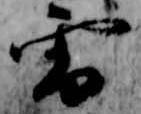
雪